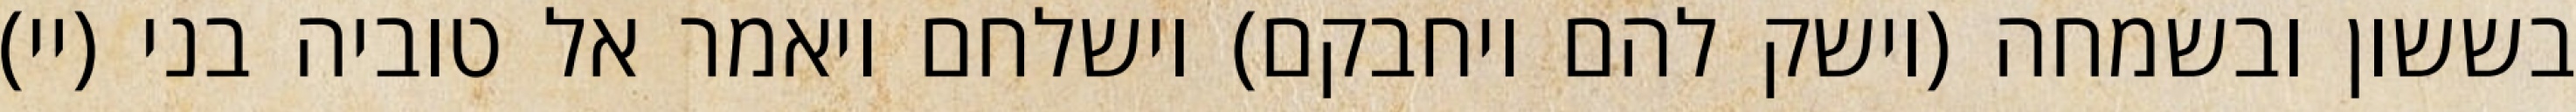
בששון ובשמחה (וישק להם ויחבקם) וישלחם ויאמר אל טוביה בני (יי)